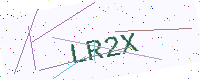
Text: LR2X